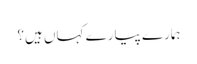
ہمارے پیارے کہاں ہیں؟